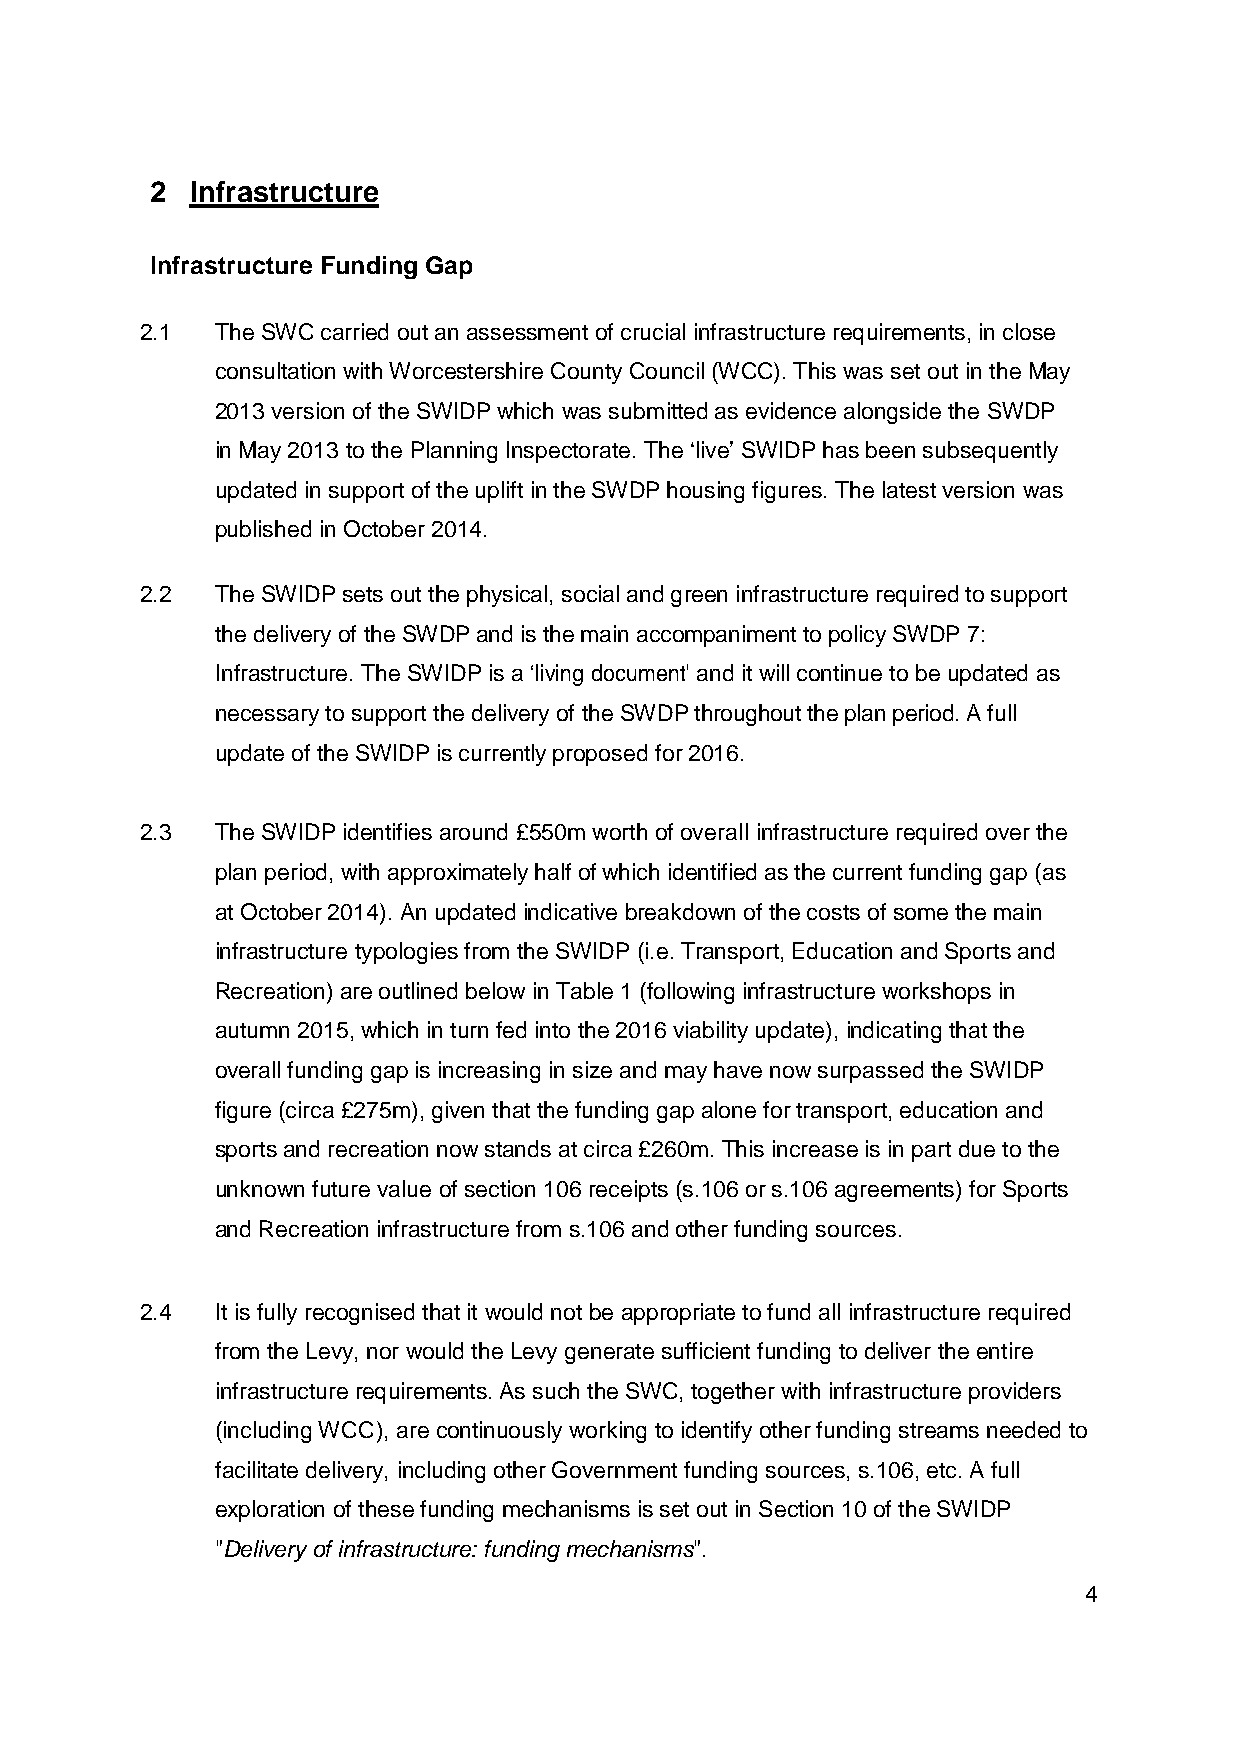
2  Infrastructure
 Infrastructure Funding Gap
 2.1  The SWC carried out an assessment of crucial infrastructure requirements, in close
 consultation with Worcestershire County Council (WCC). This was set out in the May
 2013 version of the SWIDP which was submitted as evidence alongside the SWDP
 in May 2013 to the Planning Inspectorate. The „live‟ SWIDP has been subsequently
 updated in support of the uplift in the SWDP housing figures. The latest version was
 published in October 2014.
 2.2  The SWIDP sets out the physical, social and green infrastructure required to support
 the delivery of the SWDP and is the main accompaniment to policy SWDP 7:
 Infrastructure. The SWIDP is a „living document‟ and it will continue to be updated as
 necessary to support the delivery of the SWDP throughout the plan period. A full
 update of the SWIDP is currently proposed for 2016.
 2.3  The SWIDP identifies around £550m worth of overall infrastructure required over the
 plan period, with approximately half of which identified as the current funding gap (as
 at October 2014). An updated indicative breakdown of the costs of some the main
 infrastructure typologies from the SWIDP (i.e. Transport, Education and Sports and
 Recreation) are outlined below in Table 1 (following infrastructure workshops in
 autumn 2015, which in turn fed into the 2016 viability update), indicating that the
 overall funding gap is increasing in size and may have now surpassed the SWIDP
 figure (circa £275m), given that the funding gap alone for transport, education and
 sports and recreation now stands at circa £260m. This increase is in part due to the
 unknown future value of section 106 receipts (s.106 or s.106 agreements) for Sports
 and Recreation infrastructure from s.106 and other funding sources.
 2.4  It is fully recognised that it would not be appropriate to fund all infrastructure required
 from the Levy, nor would the Levy generate sufficient funding to deliver the entire
 infrastructure requirements. As such the SWC, together with infrastructure providers
 (including WCC), are continuously working to identify other funding streams needed to
 facilitate delivery, including other Government funding sources, s.106, etc. A full
 exploration of these funding mechanisms is set out in Section 10 of the SWIDP
 "Delivery of infrastructure: funding mechanisms".
 4